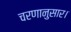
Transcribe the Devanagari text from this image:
चरणानुसार।